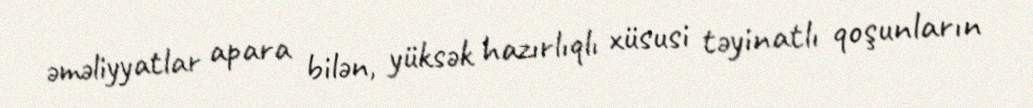
əməliyyatlar apara bilən, yüksək hazırlıqlı xüsusi təyinatlı qoşunların